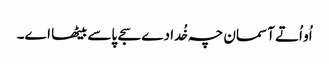
اُو اُتے آسمان چہ خُدا دے سجے پاسے بیٹھا اے۔